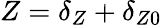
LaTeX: Z={\delta_{Z}}+{\delta_{Z0}}